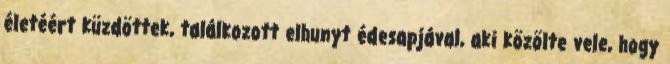
életéért küzdöttek, találkozott elhunyt édesapjával, aki közölte vele, hogy